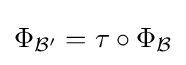
\Phi _{\mathcal {B'}}=\tau \circ \Phi _{\mathcal {B}}